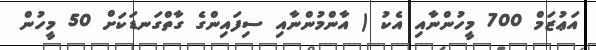
އަޢުޒަމް 700 މީހުންނާއި އެކު ( އާންމުންނާއި ސިފައިންގެ ގާތްގަނޑަކަށް 50 މީހުން